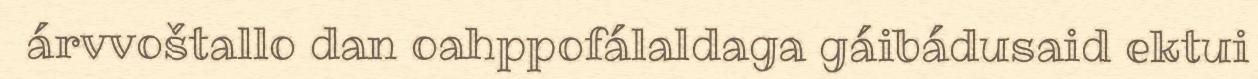
árvvoštallo dan oahppofálaldaga gáibádusaid ektui